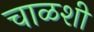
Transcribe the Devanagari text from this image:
चाळशी